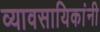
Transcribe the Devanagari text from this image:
व्यावसायिकांनी